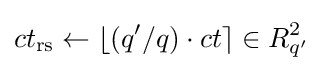
ct_{\text{rs}}\leftarrow \lfloor (q'/q)\cdot ct\rceil \in R_{q'}^{2}